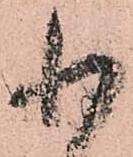
小